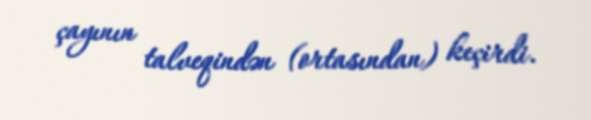
çayının talveqindən (ortasından) keçirdi.